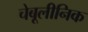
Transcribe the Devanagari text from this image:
चेबूलीनिक